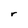
Character: r